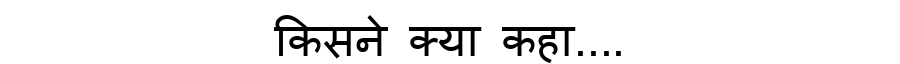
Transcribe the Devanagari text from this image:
किसने क्या कहा....